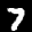
Label: 7